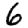
Digit: 6